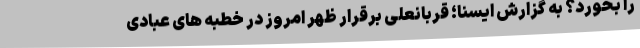
را بخورد؟ به گزارش ایسنا؛ قربانعلی برقرار ظهر امروز در خطبه های عبادی